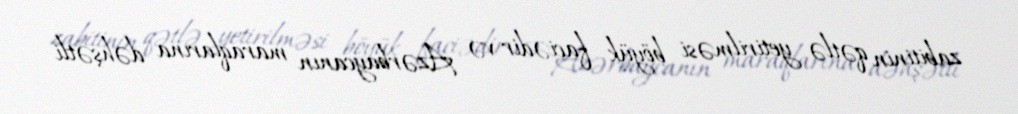
zabitinin qətlə yetirilməsi böyük faciədir və Azərbaycanın maraqlarına dəhşətli